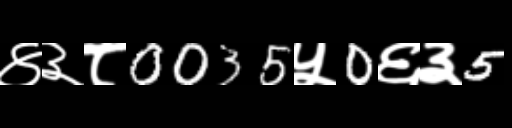
Text: ४३८0035५0६३5